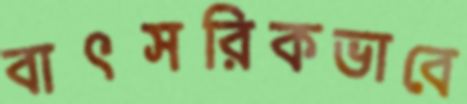
বাৎসরিকভাবে